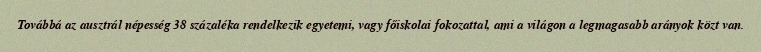
Továbbá az ausztrál népesség 38 százaléka rendelkezik egyetemi, vagy főiskolai fokozattal, ami a világon a legmagasabb arányok közt van.